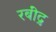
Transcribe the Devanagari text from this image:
रबींद्र